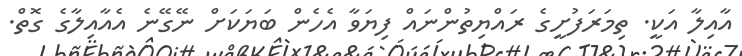
އާއިލާ އަކީ. ތިމަރަފުށީގެ ރައްޔިތުންނައް ފިޔަވާ އެހެން ބަޔަކަށް ނޭގޭނެ އެއާއިލާގެ ގޮތް.